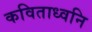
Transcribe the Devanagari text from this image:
कविताध्वनि